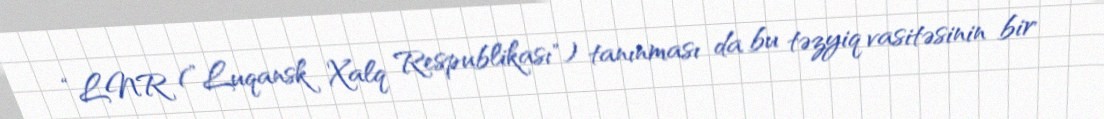
“LNR (”Luqansk Xalq Respublikası") tanınması da bu təzyiq vasitəsinin bir